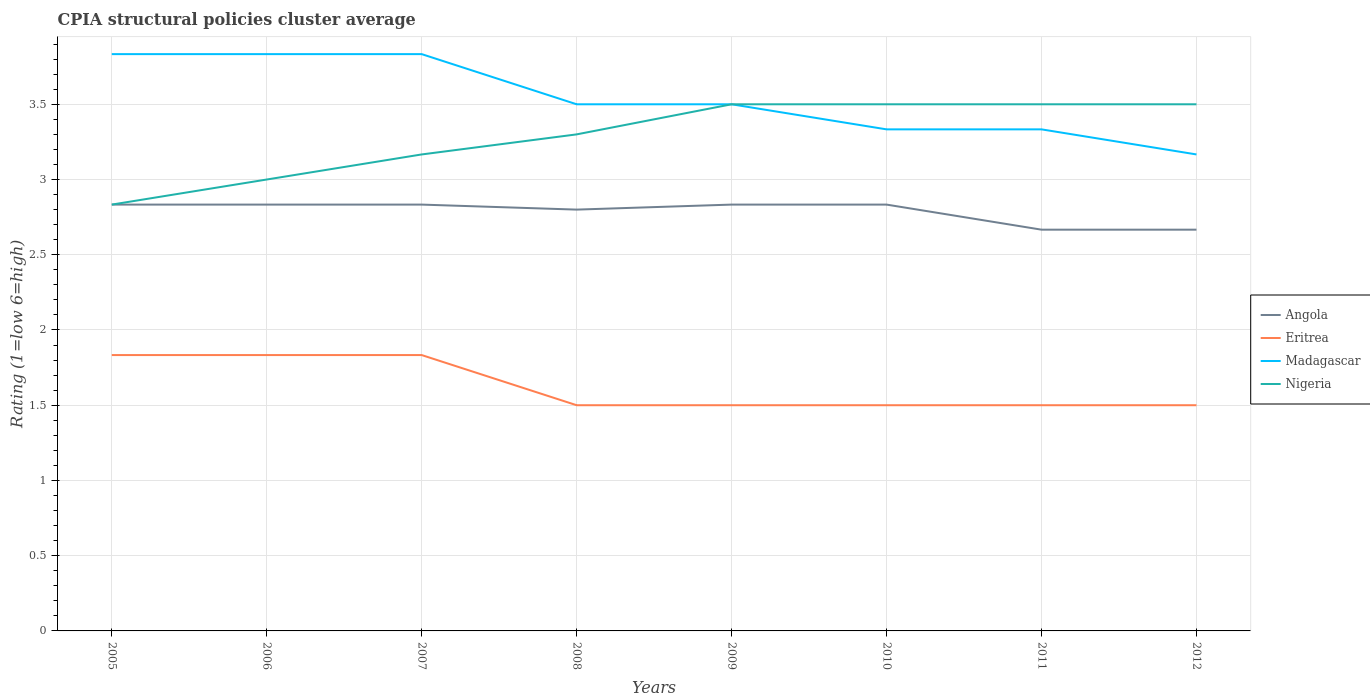
| Years | Angola | Eritrea | Madagascar | Nigeria |
 | --- | --- | --- | --- | --- |
 | 2005 | 2.83 | 1.83 | 3.83 | 2.83 |
 | 2006 | 2.83 | 1.83 | 3.83 | 3 |
 | 2007 | 2.83 | 1.83 | 3.83 | 3.17 |
 | 2008 | 2.8 | 1.5 | 3.5 | 3.3 |
 | 2009 | 2.83 | 1.5 | 3.5 | 3.5 |
 | 2010 | 2.83 | 1.5 | 3.33 | 3.5 |
 | 2011 | 2.67 | 1.5 | 3.33 | 3.5 |
 | 2012 | 2.67 | 1.5 | 3.17 | 3.5 |